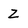
Character: Z